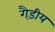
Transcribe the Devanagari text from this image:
गैड़ीय